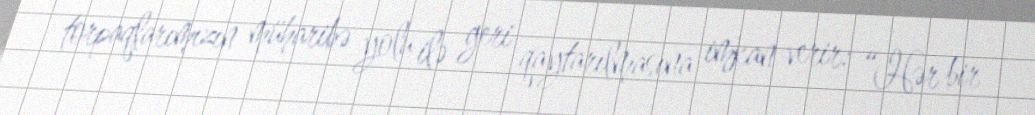
torpaqlarımızın müharibə yolu ilə geri qaytarılmasına imkan verir: “Hər bir